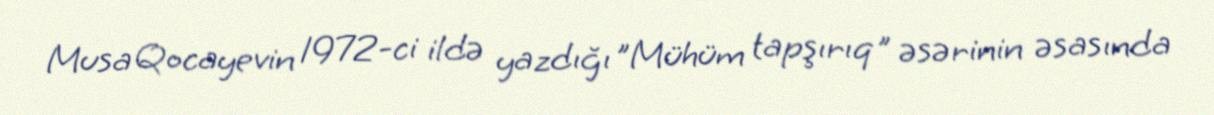
Musa Qocayevin 1972-ci ildə yazdığı "Mühüm tapşırıq" əsərinin əsasında